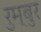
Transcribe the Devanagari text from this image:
रुम्बुर